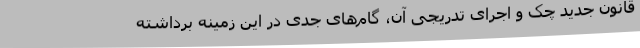
قانون جدید چک و اجرای تدریجی آن، گام‌های جدی در این زمینه برداشته